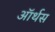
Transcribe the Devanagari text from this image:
ऑर्थस